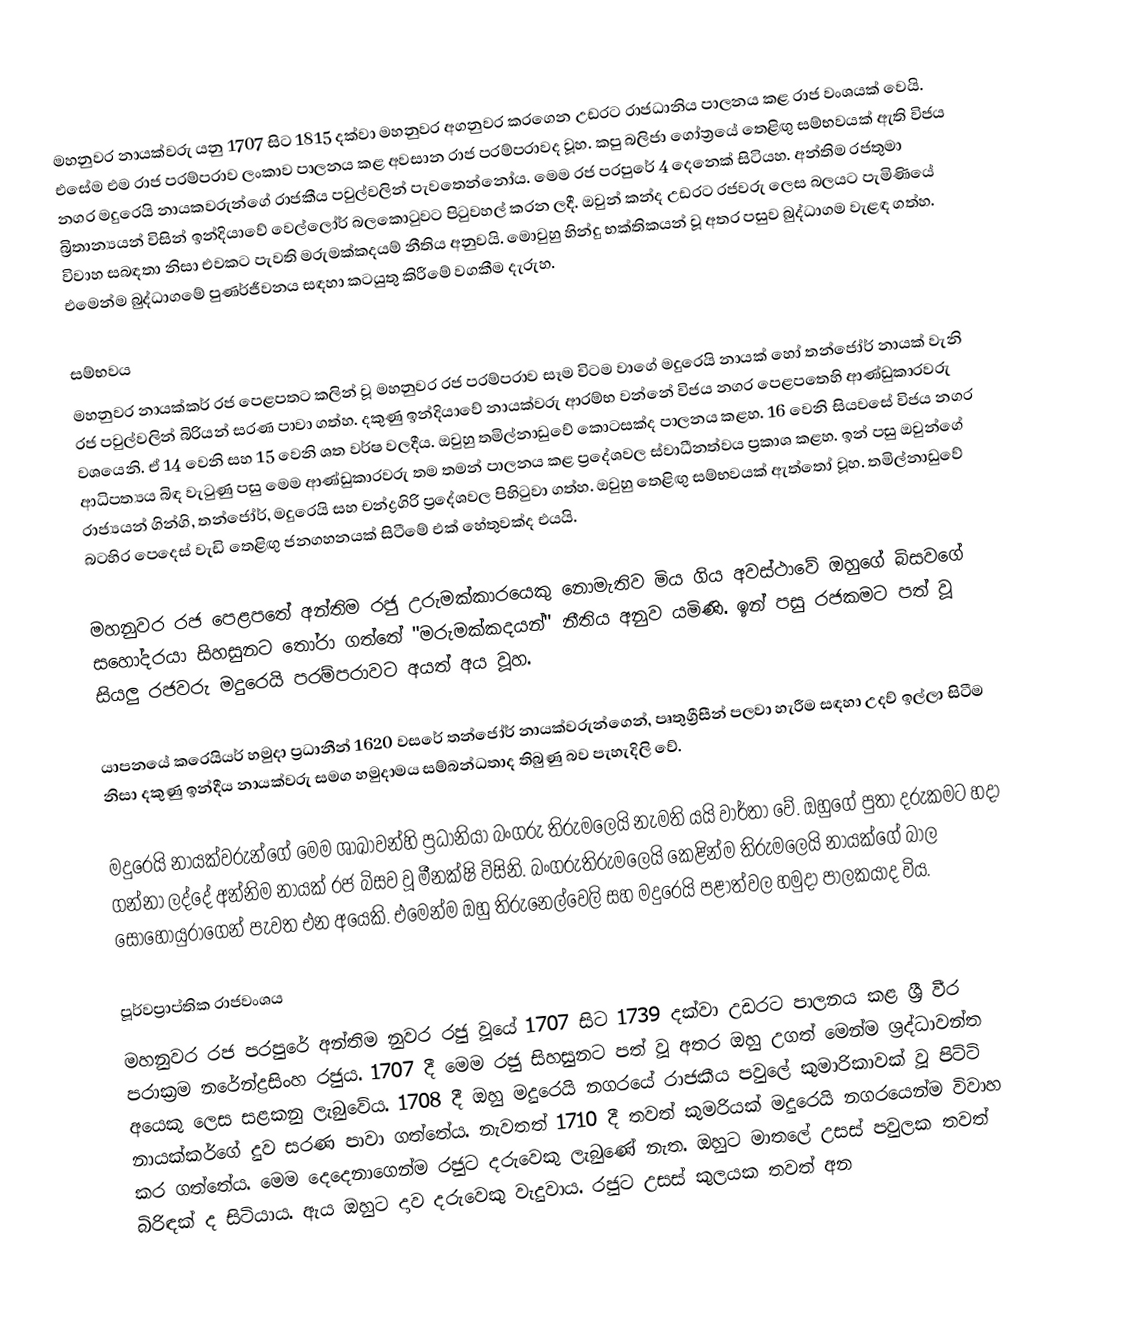
මහනුවර නායක්වරු යනු 1707 සිට 1815 දක්වා මහනුවර අගනුවර කරගෙන උඩරට රාජධානිය පාලනය කළ රාජ වංශයක් වෙයි. එසේම එම රාජ පරම්පරාව ලංකාව පාලනය කළ අවසාන රාජ පරම්පරාවද වූහ. කපු බලිජා ගෝත්‍රයේ තෙළිඟු සම්භවයක් ඇති විජය නගර මදුරෙයි නායකවරුන්ගේ රාජකීය පවුල්වලින් පැවතෙන්නෝය. මෙම රජ පරපුරේ 4 දෙනෙක් සිටියහ. අන්තිම රජතුමා බ්‍රිතාන්‍යයන් විසින් ඉන්දියාවේ වෙල්ලෝර් බලකොටුවට පිටුවහල් කරන ලදී. ඔවුන් කන්ද උඩරට රජවරු ලෙස බලයට පැමිණියේ විවාහ සබඳතා නිසා එවකට පැවති මරුමක්කදයම් නීතිය අනුවයි. මොවුහු හින්දු භක්තිකයන් වූ අතර පසුව බුද්ධාගම වැළඳ ගත්හ. එමෙන්ම බුද්ධාගමේ පුණර්ජීවනය සඳහා කටයුතු කිරීමේ වගකීම දැරුහ.

සම්භවය
මහනුවර නායක්කර් රජ පෙළපතට කලින්  වූ මහනුවර රජ පරම්පරාව සෑම විටම වාගේ මදුරෙයි නායක් හෝ තන්ජෝර් නායක් වැනි රජ පවුල්වලින් බිරියන් සරණ පාවා ගත්හ. දකුණු ඉන්දියාවේ නායක්වරු ආරම්භ වන්නේ විජය නගර පෙළපතෙහි ආණ්ඩුකාරවරු වශයෙනි. ඒ 14 වෙනි සහ 15 වෙනි ශත වර්ෂ වලදීය. ඔවුහු තමිල්නාඩුවේ කොටසක්ද පාලනය කළහ. 16 වෙනි සියවසේ විජය නගර ආධිපත්‍යය බිඳ වැටුණු පසු මෙම ආණ්ඩුකාරවරු තම තමන් පාලනය කළ ප්‍රදේශවල ස්වාධීනත්වය ප්‍රකාශ කළහ. ඉන් පසු ඔවුන්ගේ රාජ්‍යයන් ගින්ගි, තන්ජෝර්, මදුරෙයි සහ චන්ද්‍රගිරි ප්‍රදේශවල පිහිටුවා ගත්හ. ඔවුහු තෙළිඟු සම්භවයක් ඇත්තෝ වූහ. තමිල්නාඩුවේ බටහිර පෙදෙස් වැඩි තෙළිඟු ජනගහනයක් සිටීමේ එක් හේතුවක්ද  එයයි.

මහනුවර රජ පෙළපතේ අන්තිම රජු උරුමක්කාරයෙකු නොමැතිව මිය ගිය අවස්ථාවේ ඔහුගේ බිසවගේ සහෝදරයා සිහසුනට තෝරා ගත්තේ "මරුමක්කදයන්" නීතිය අනුව යමිණි. ඉන් පසු රජකමට පත් වූ සියලු රජවරු මදුරෙයි පරම්පරාවට අයත් අය වූහ.

යාපනයේ කරෙයියර් හමුදා ප්‍රධානීන් 1620 වසරේ තන්ජෝර් නායක්වරුන්ගෙන්, පෘතුග්‍රීසීන් පලවා හැරීම සඳහා උදව් ඉල්ලා සිටීම නිසා දකුණු ඉන්දීය නායක්වරු සමග හමුදාමය සම්බන්ධතාද තිබුණු බව පැහැදිලි වේ.

මදුරෙයි නායක්වරුන්ගේ මෙම ශාඛාවන්හි ප්‍රධානියා බංගරු තිරුමලෙයි නැමති යයි වාර්තා වේ. ඔහුගේ පුතා දරුකමට හදා ගන්නා ලද්දේ අන්නිම නායක් රජ බිසව වූ මීනක්ෂි විසිනි. බංගරුතිරුමලෙයි කෙළින්ම තිරුමලෙයි නායක්ගේ බාල සොහොයුරාගෙන් පැවත එන අයෙකි. එමෙන්ම ඔහු තිරුනෙල්වෙලි සහ මදුරෙයි පළාත්වල හමුදා පාලකයාද විය.

පූර්වප්‍රාප්තික රාජවංශය
මහනුවර රජ පරපුරේ අන්තිම නුවර රජු වූයේ 1707 සිට 1739 දක්වා උඩරට පාලනය කළ ශ්‍රී වීර පරාක්‍රම නරේන්ද්‍රසිංහ රජුය. 1707 දී මෙම රජු සිහසුනට පත් වූ අතර ඔහු උගත් මෙන්ම ශ්‍රද්ධාවන්ත අයෙකු ලෙස සළකනු ලැබුවේය. 1708 දී ඔහු මදු‍රෙයි නගරයේ රාජකීය පවුලේ කුමාරිකාවක් වූ පිට්ටි නායක්කර්ගේ දුව සරණ පාවා ගත්තේය. නැවතත් 1710 දී තවත් කුමරියක් මදුරෙයි නගරයෙන්ම විවාහ කර ගත්තේය. මෙම දෙදෙනාගෙන්ම රජුට දරුවෙකු ලැබුණේ නැත. ඔහුට මාතලේ උසස් පවුලක තවත් බිරිඳක් ද සිටියාය. ඇය ඔහුට දාව දරුවෙකු වැදුවාය. රජුට උසස් කුලයක තවත් අන